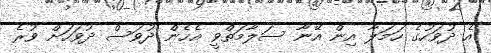
އެ ދުވަހުގެ ހަމަލާ އިން އޭނާ ސަލާމަތްވީ އެހެން ދުވަސް ދުވަހަށް ވުރެ